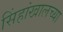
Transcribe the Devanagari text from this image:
सिंहांखालच्या